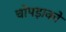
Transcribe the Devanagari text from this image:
चोपड़ाको